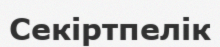
Секіртпелік